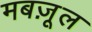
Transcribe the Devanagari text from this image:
मबज़ूल